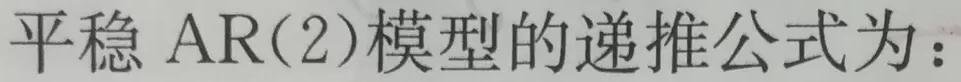
平稳 $\mathrm{AR}(2)$模型的递推公式为：